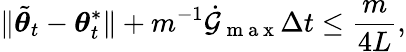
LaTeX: \lVert\tilde{{\boldsymbol{\theta}}}_{t}-{\boldsymbol{\theta}}_{t}^{*}\rVert+m^{-1}\dot{\mathcal{G}}_{\mathrm{~m~a~x~}}\Delta t\leq\frac{m}{4L},